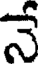
నే